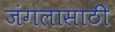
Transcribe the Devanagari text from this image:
जंगलासाठी